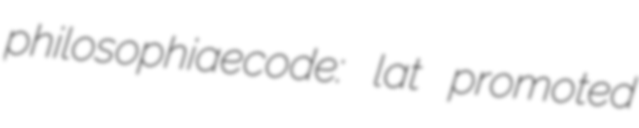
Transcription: philosophiaecode: lat promoted